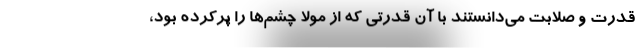
قدرت و صلابت می‌دانستند با آن قدرتی که از مولا چشم‌ها را پرکرده بود،